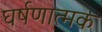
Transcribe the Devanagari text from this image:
घर्षणात्मक